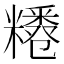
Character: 𥽊